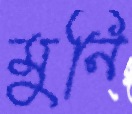
মুনি